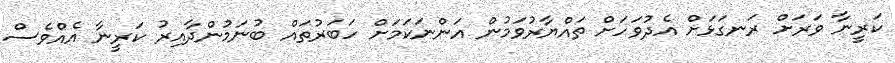
ކަރީނާ ވަރަށް ރަނގަޅަށް އެދުވަހަށް ތައްޔާރުވަމުން އަންނަކަމަށް ހަބަރުތައް ބުނަމުންދާއިރު ކަރީނާ އެއްވެސް